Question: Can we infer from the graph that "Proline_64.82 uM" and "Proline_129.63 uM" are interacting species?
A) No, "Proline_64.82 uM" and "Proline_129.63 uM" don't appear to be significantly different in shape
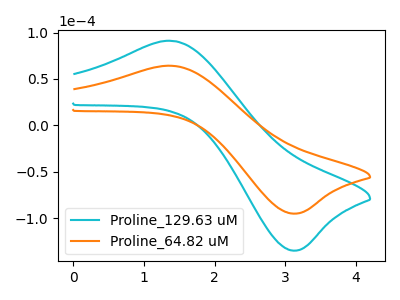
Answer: <think>The cyan curve "Proline_129.63 uM" has an anodic peak at (1.40V, 90.90uA) and a cathodic peak at (3.15V, -134.90uA). The orange curve "Proline_64.82 uM" has an anodic peak at (1.40V, 64.05uA) and a cathodic peak at (3.15V, -95.05uA).
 All the peaks in "Proline_64.82 uM" have a peak in "Proline_129.63 uM" at the same potential. Every peak in "Proline_64.82 uM" is lower than every peak in "Proline_129.63 uM".</think>
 <answer>A) No, "Proline_64.82 uM" and "Proline_129.63 uM" don't appear to be significantly different in shape</answer>
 <eval>A</eval>